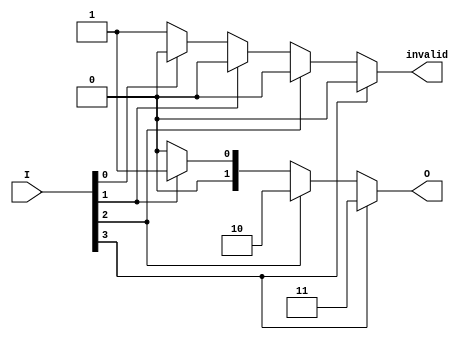
module multilevel_encoder (
    input wire [3:0] I,      // 4 input lines
    output reg [1:0] O,      // 2 output lines
    output reg invalid        // Invalid input signal
);
    
    always @(*) begin
        // Default output values
        O = 2'b00;
        invalid = 1'b0;

        // Priority encoding logic
        case (1'b1)
            I[3]: O = 2'b11;  // If I3 is high
            I[2]: O = 2'b10;  // If I2 is high
            I[1]: O = 2'b01;  // If I1 is high
            I[0]: O = 2'b00;  // If I0 is high
            default: invalid = 1'b1; // No input is active
        endcase
    end

endmodule